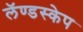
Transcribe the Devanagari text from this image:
लॅण्डस्केप